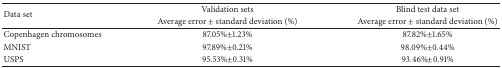
<table><thead><tr><td rowspan="2"><b>Data set</b></td><td><b>Validation sets</b></td><td><b>Blind test data set</b></td></tr><tr><td><b>Average error ± standard deviation (%)</b></td><td><b>Average error ± standard deviation (%)</b></td></tr></thead><tbody><tr><td>Copenhagen chromosomes</td><td>87.05%±1.23%</td><td>87.82%±1.65%</td></tr><tr><td>MNIST</td><td>97.89%±0.21%</td><td>98.09%±0.44%</td></tr><tr><td>USPS</td><td>95.53%±0.31%</td><td>93.46%±0.91%</td></tr></tbody></table>